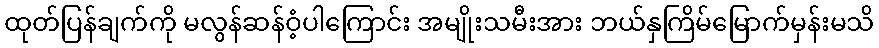
ထုတ်ပြန်ချက်ကို မလွန်ဆန်ဝံ့ပါကြောင်း အမျိုးသမီးအား ဘယ်နှကြိမ်မြောက်မှန်းမသိ